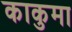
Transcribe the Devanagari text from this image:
काकुमा